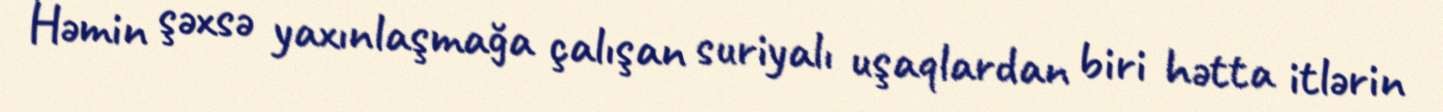
Həmin şəxsə yaxınlaşmağa çalışan suriyalı uşaqlardan biri hətta itlərin